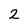
Character: 2